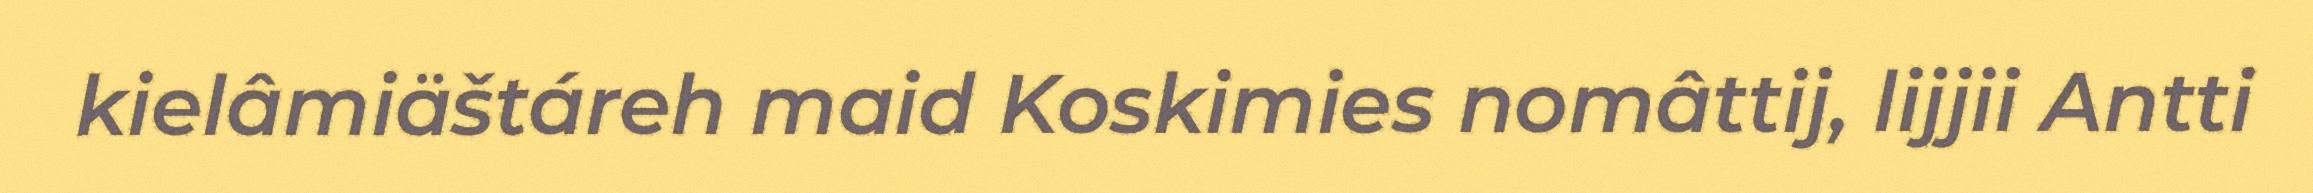
kielâmiäštáreh maid Koskimies nomâttij, lijjii Antti